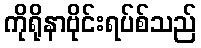
ကိုရိုနာဗိုင်းရပ်စ်သည်